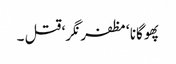
پھوگانا ‘ مظفر نگر‘ قتل ۔